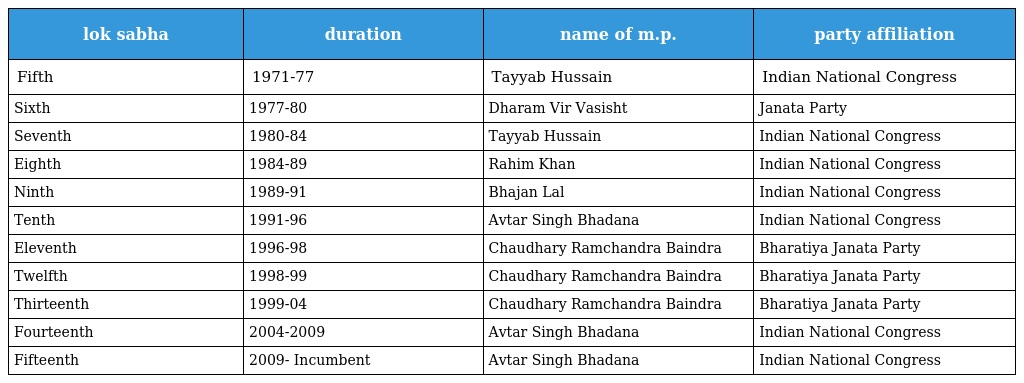
| lok sabha | duration | name of m.p. | party affiliation |
 | --- | --- | --- | --- |
 | Fifth | 1971-77 | Tayyab Hussain | Indian National Congress |
 | Sixth | 1977-80 | Dharam Vir Vasisht | Janata Party |
 | Seventh | 1980-84 | Tayyab Hussain | Indian National Congress |
 | Eighth | 1984-89 | Rahim Khan | Indian National Congress |
 | Ninth | 1989-91 | Bhajan Lal | Indian National Congress |
 | Tenth | 1991-96 | Avtar Singh Bhadana | Indian National Congress |
 | Eleventh | 1996-98 | Chaudhary Ramchandra Baindra | Bharatiya Janata Party |
 | Twelfth | 1998-99 | Chaudhary Ramchandra Baindra | Bharatiya Janata Party |
 | Thirteenth | 1999-04 | Chaudhary Ramchandra Baindra | Bharatiya Janata Party |
 | Fourteenth | 2004-2009 | Avtar Singh Bhadana | Indian National Congress |
 | Fifteenth | 2009- Incumbent | Avtar Singh Bhadana | Indian National Congress |